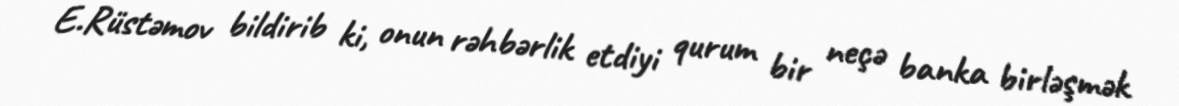
E.Rüstəmov bildirib ki, onun rəhbərlik etdiyi qurum bir neçə banka birləşmək